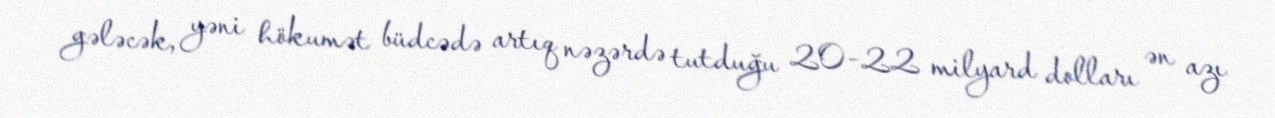
gələcək, yəni hökumət büdcədə artıq nəzərdə tutduğu 20-22 milyard dolları ən azı